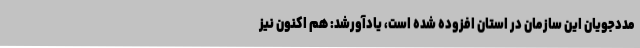
مددجویان این سازمان در استان افزوده شده است، یادآورشد: هم اکنون نیز